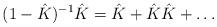
LaTeX: \begin{align*}(1-\hat K)^{-1}\hat K=\hat K+\hat K\hat K+\dots\end{align*}